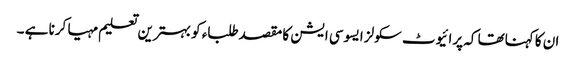
ان کا کہناتھا کہ پرائیوٹ سکولز ایسوسی ایشن کا مقصدطلباء کو بہترین تعلیم مہیا کرنا ہے ۔